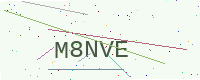
Text: M8NVE